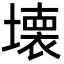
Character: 壊